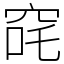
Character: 䆛